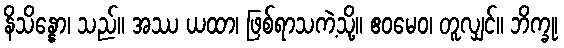
နိသိန္နော၊ သည်။ အဿ ယထာ၊ ဖြစ်ရာသကဲ့သို့။ ဧဝမေဝ၊ တူလျှင်။ ဘိက္ခု၊